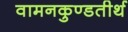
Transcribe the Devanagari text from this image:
वामनकुण्डतीर्थ